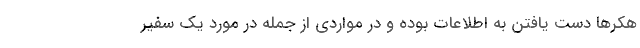
هکرها دست یافتن به اطلاعات بوده و در مواردی از جمله در مورد یک سفیر